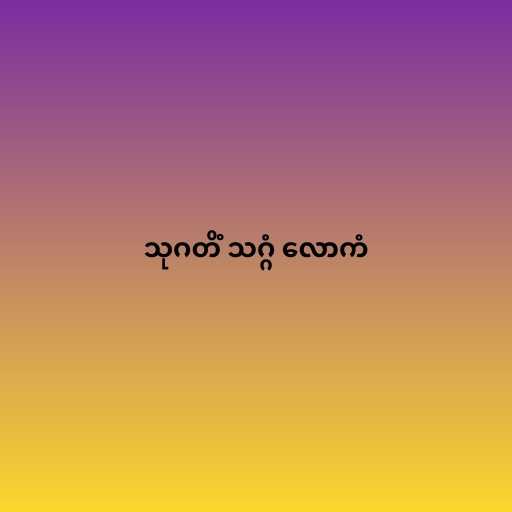
သုဂတိံ သဂ္ဂံ လောကံ